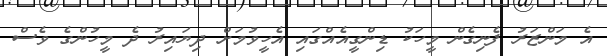
އެ މަންޒަރު ފެނިގެން މީހަކު ޑިންގީއެއްގައި އެހީވުމަށް ދިޔައިރު ދެ މީހުންގެ ވެސް